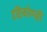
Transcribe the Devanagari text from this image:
दृष्टिकोणही